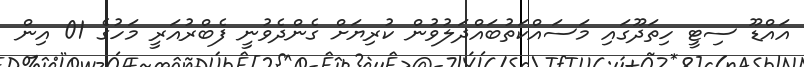
އައްޑޫ ސިޓީ ހިތަދޫގައި މަސައްކަތުބައްދަލުވުން ކުރިޔަށް ގެންދެވުނީ ފެބްރުއަރީ މަހުގެ 01 އިން